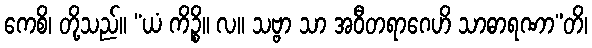
ကေစိ၊ တို့သည်။ “ယံ ကိဉ္စိ။ လ။ သဗ္ဗာ သာ အဝီတရာဂေဟိ သာဓာရဏာ”တိ၊